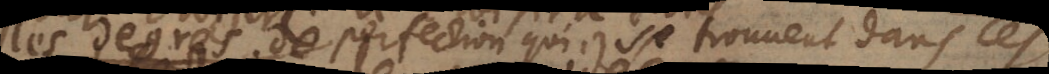
les degrés de perfection qui se trouvent dans ces